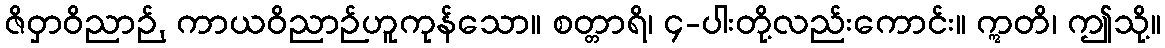
ဇိဝှာဝိညာဉ်, ကာယဝိညာဉ်ဟူကုန်သော။ စတ္တာရိ၊ ၄-ပါးတို့လည်းကောင်း။ ဣတိ၊ ဤသို့။